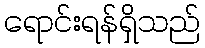
ရောင်းရန်ရှိသည်